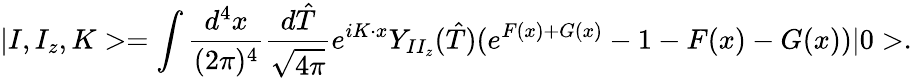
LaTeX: |I,I_{z},K>=\int\frac{d^{4}x}{(2\pi)^{4}}\frac{d\hat{T}}{\sqrt{4\pi}}e^{iK\cdot x}Y_{II_{z}}(\hat{T})(e^{F(x)+G(x)}-1-F(x)-G(x))|0>.